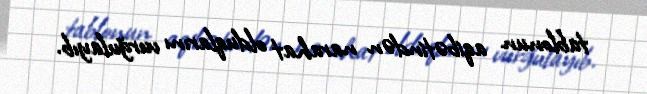
tablonun aqibətindən narahat olduqlarını vurğulayıb.